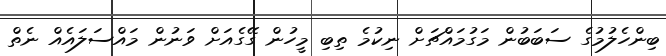
ބިންހެލުމުގެ ސަބަބުން މަގުމައްޗަށް ނިކުމެ ތިބި މީހުން ގޭގެއަށް ވަނުން މައްސަލައެއް ނެތް